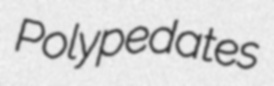
Polypedates